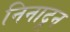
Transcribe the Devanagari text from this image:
निनादून